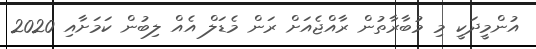
އުންމީދަކީ މި މުބާރާތުން ރާއްޖެއަށް ރަން މެޑަލް އެއް ލިބުން ކަމަށާއި 2020